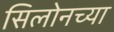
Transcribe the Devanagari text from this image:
सिलोनच्या